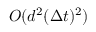
O ( d ^ { 2 } ( \Delta t ) ^ { 2 } )